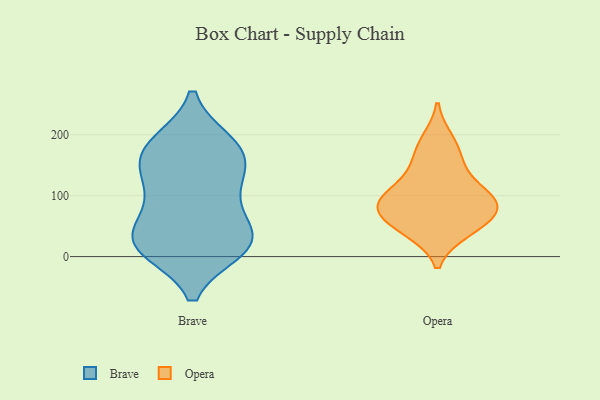
{"axis": {"x": "Population (Million)", "y": "Value"}, "legend": ["Brave", "Opera"], "data": [{"x": "", "y": 24, "type": "Brave"}, {"x": "", "y": 21, "type": "Brave"}, {"x": "", "y": 96, "type": "Brave"}, {"x": "", "y": 132, "type": "Brave"}, {"x": "", "y": 81, "type": "Brave"}, {"x": "", "y": 183, "type": "Brave"}, {"x": "", "y": 12, "type": "Brave"}, {"x": "", "y": 159, "type": "Brave"}, {"x": "", "y": 185, "type": "Brave"}, {"x": "", "y": 13, "type": "Brave"}, {"x": "", "y": 129, "type": "Brave"}, {"x": "", "y": 35, "type": "Brave"}, {"x": "", "y": 159, "type": "Brave"}, {"x": "", "y": 47, "type": "Brave"}, {"x": "", "y": 16, "type": "Brave"}, {"x": "", "y": 187, "type": "Brave"}, {"x": "", "y": 42, "type": "Opera"}, {"x": "", "y": 104, "type": "Opera"}, {"x": "", "y": 165, "type": "Opera"}, {"x": "", "y": 63, "type": "Opera"}, {"x": "", "y": 85, "type": "Opera"}, {"x": "", "y": 137, "type": "Opera"}, {"x": "", "y": 93, "type": "Opera"}, {"x": "", "y": 191, "type": "Opera"}, {"x": "", "y": 46, "type": "Opera"}, {"x": "", "y": 76, "type": "Opera"}, {"x": "", "y": 93, "type": "Opera"}]}